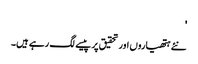
'
نئے ہتھیاروں اور تحقیق پر پیسے لگ رہے ہیں۔